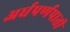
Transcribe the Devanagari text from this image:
अर्धपर्णपाती